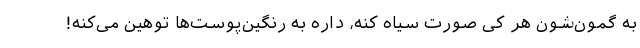
به گمون‌شون هر کی صورت سیاه کنه، داره به رنگین‌پوست‌ها توهین می‌کنه!